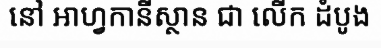
នៅ អាហ្វកានីស្ថាន ជា លើក ដំបូង